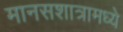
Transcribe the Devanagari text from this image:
मानसशात्रामध्ये